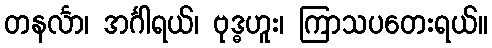
တနင်္လာ၊ အင်္ဂါရယ်၊ ဗုဒ္ဓဟူး၊ ကြာသပတေးရယ်။